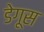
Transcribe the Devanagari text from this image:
डेगूस